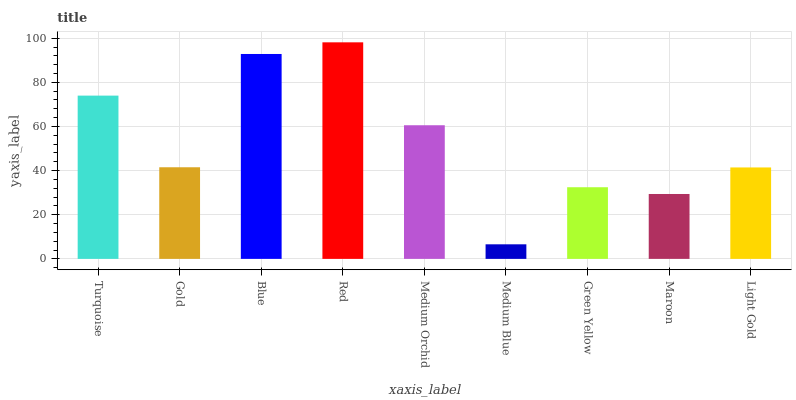
| xaxis_label | bars |
 | --- | --- |
 | Turquoise | 74 |
 | Gold | 41.5 |
 | Blue | 92.9 |
 | Red | 98.1 |
 | Medium Orchid | 60.6 |
 | Medium Blue | 6.6 |
 | Green Yellow | 32.5 |
 | Maroon | 29.4 |
 | Light Gold | 41.4 |